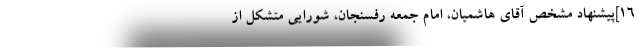
۱۶]پیشنهاد مشخص آقای هاشمیان، امام جمعه رفسنجان، شورایی متشکل از